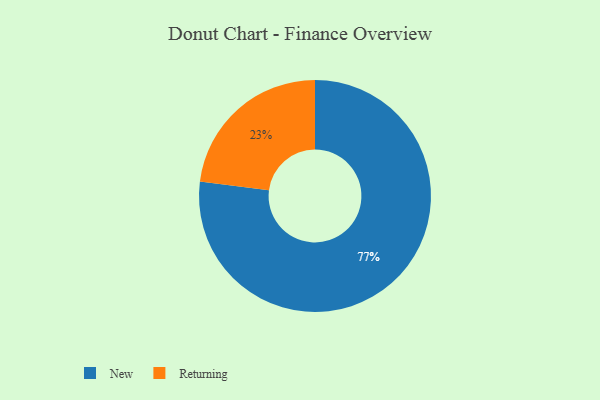
{"axis": {"x": "Category", "y": "Percentage"}, "legend": ["New", "Returning"], "data": [{"x": "New", "y": 77, "type": "New"}, {"x": "Returning", "y": 23, "type": "Returning"}]}